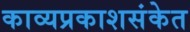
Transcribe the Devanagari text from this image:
काव्यप्रकाशसंकेत